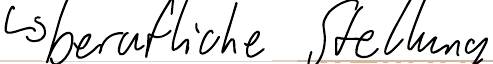
-> berufliche Stellung